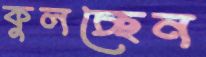
কুলচ্ছেন